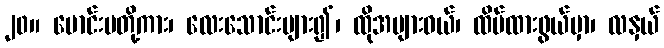
၂၀။ မောင်းမတို့ကား၊ လေးသောင်းများ၍၊ ထိုအများဝယ်၊ ထိပ်ထားဖွယ်မှာ၊ လနှယ်